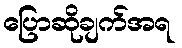
ပြောဆိုချက်အရ